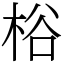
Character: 㭲